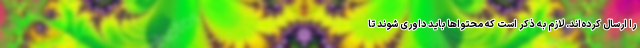
را ارسال کرده‌اند. لازم به ذکر است که محتواها باید داوری شوند تا